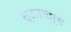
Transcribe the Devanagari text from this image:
स्टारवार्स